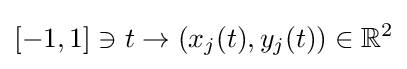
[-1,1]\ni t\rightarrow (x_{j}(t),y_{j}(t))\in \mathbb {R} ^{2}